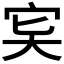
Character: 𡧠